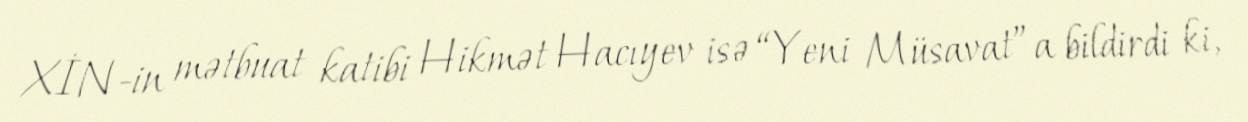
XİN-in mətbuat katibi Hikmət Hacıyev isə “Yeni Müsavat”a bildirdi ki,